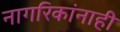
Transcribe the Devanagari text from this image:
नागरिकांनाही